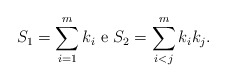
\begin{align*}S_1 = \sum_{i=1}^m k_i\ \mbox{e} \ S_2 = \sum_{i<j}^m k_i k_j.\end{align*}